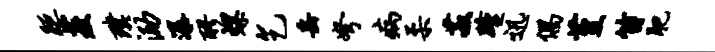
距菱璞泐瀑醪螺乞岳弩病柔菽踵迅偶堇笛肥